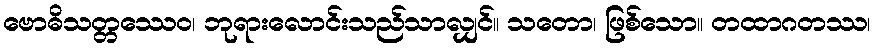
ဗောဓိသတ္တဿေဝ၊ ဘုရားလောင်းသည်သာလျှင်။ သတော၊ ဖြစ်သော။ တထာဂတဿ၊